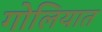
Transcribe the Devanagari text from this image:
गोलियात